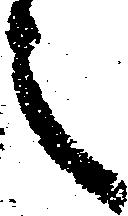
之